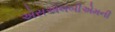
એસએલબીએમની